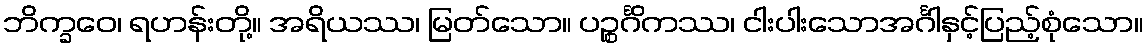
ဘိက္ခဝေ၊ ရဟန်းတို့။ အရိယဿ၊ မြတ်သော။ ပဉ္စင်္ဂိကဿ၊ ငါးပါးသောအင်္ဂါနှင့်ပြည့်စုံသော။